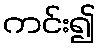
ကင်း၍